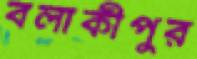
বলাকীপুর